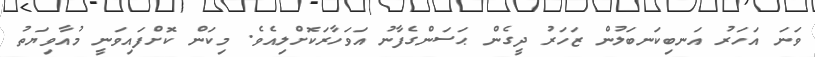
ވަނަ އަހަރު އަނބިކަނބަލުން ޒަހަރު ދީގެން ޙަސަންގެފާނު އަވަހާރަކޮށްލިއެވެ. މިކަން ކޮށްފައިވަނީ މުއާވިޔަތު